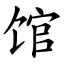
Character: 馆